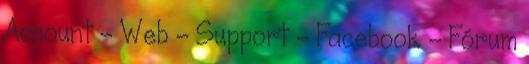
Account - Web - Support - Facebook - Fórum